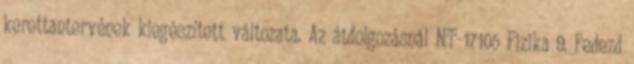
kerettantervének kiegészített változata. Az átdolgozásnál NT-17105 Fizika 9. Fedezd